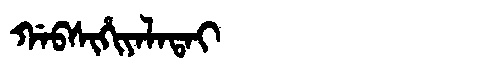
Manchu: ᡤᠠᠪᠰᡳᡥᡳᠶᠠᠯᠠᡨᠠᡳ
Romanization: GABSIHIYALATAI